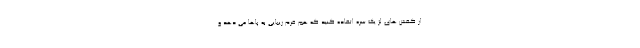
از کفش های لژ یک سره اتفاده کنید که هم فرم زیبایی به پاها می دهد و